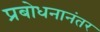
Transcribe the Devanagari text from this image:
प्रबोधनानंतर